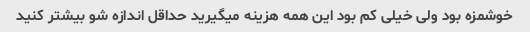
خوشمزه بود ولی خیلی کم بود این همه هزینه میگیرید حداقل اندازه شو بیشتر کنید